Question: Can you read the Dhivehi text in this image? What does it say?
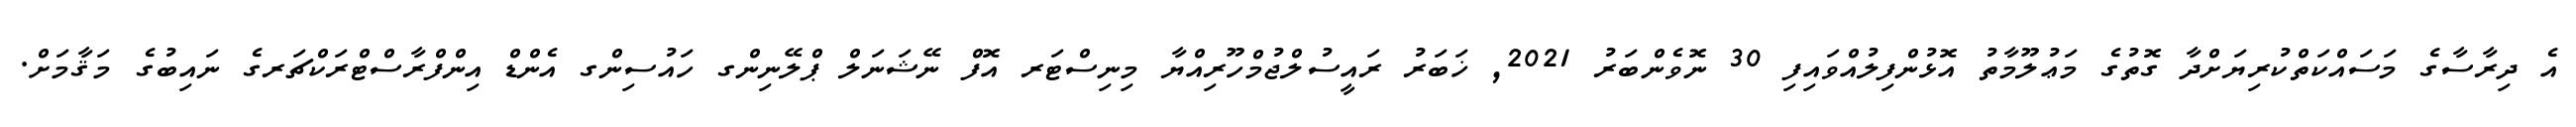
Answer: އެ ދިރާސާގެ މަސައްކަތްކުރިޔަށްދާ ގޮތުގެ މަޢުލޫމާތު އޮޅުންފިލުއްވައިފި 30 ނޮވެންބަރު 2021, ޚަބަރު ރައީސުލްޖުމްހޫރިއްޔާ މިނިސްޓަރ އޮފް ނޭޝަނަލް ޕްލޭނިންގ ހައުސިންގ އެންޑް އިންފްރާސްޓްރަކްޗަރގެ ނައިބުގެ މަޤާމަށް.